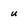
Character: u